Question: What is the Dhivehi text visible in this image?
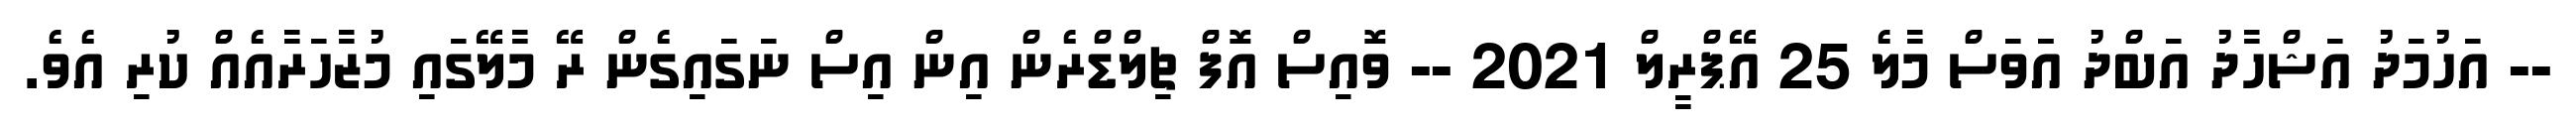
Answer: -- އަހުމަދު އަޝްހާދު އަބްދު އަަވަސް މާލެ 25 އޭޕްރީލް 2021 -- ވޮއިސް އޮފް ޗިލްޑްރެން އިން އިސް ނަގައިގެން ރޭ މާލޭގައި މުޒާހަރާއެއް ކުރި އެވެ.